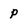
Character: p